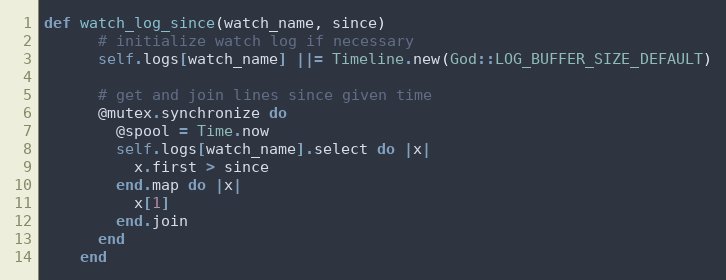
Language: Ruby
def watch_log_since(watch_name, since)
      # initialize watch log if necessary
      self.logs[watch_name] ||= Timeline.new(God::LOG_BUFFER_SIZE_DEFAULT)

      # get and join lines since given time
      @mutex.synchronize do
        @spool = Time.now
        self.logs[watch_name].select do |x|
          x.first > since
        end.map do |x|
          x[1]
        end.join
      end
    end